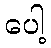
ပေါ့